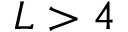
L > 4